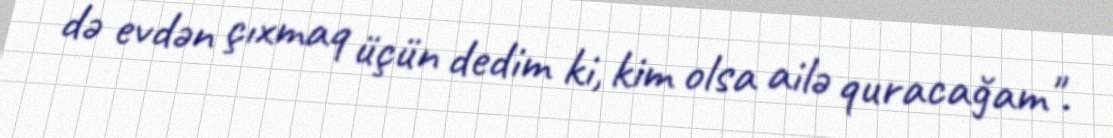
də evdən çıxmaq üçün dedim ki, kim olsa ailə quracağam".